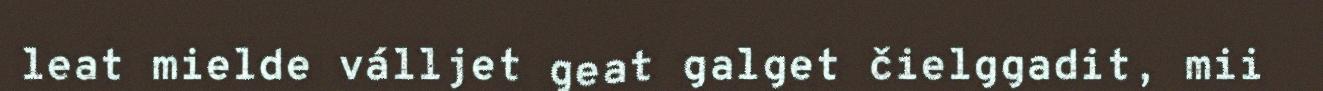
leat mielde válljet geat galget čielggadit, mii